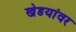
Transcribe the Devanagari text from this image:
खेडयांवर